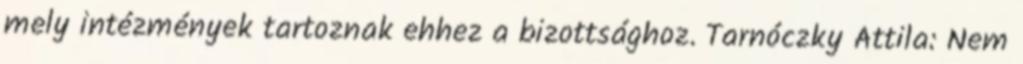
mely intézmények tartoznak ehhez a bizottsághoz. Tarnóczky Attila: Nem